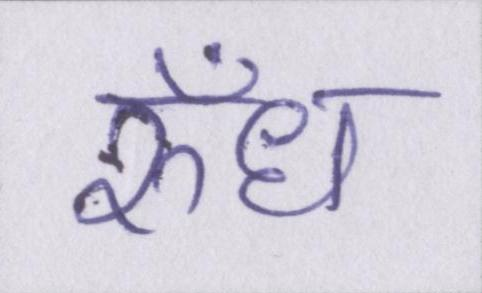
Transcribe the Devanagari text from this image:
रुँध